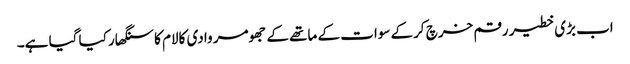
اب بڑی خطیر رقم خرچ کرکے سوات کے ماتھے کے جھومر وادی کالام کا سنگھار کیا گیا ہے۔